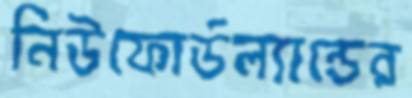
নিউফোর্ডল্যান্ডের